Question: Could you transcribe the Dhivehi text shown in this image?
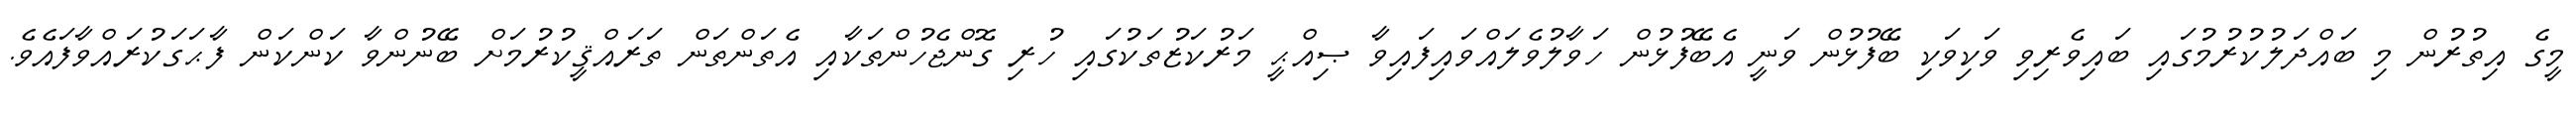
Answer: މީގެ އިތުރުން މި ބައްދަލުކުރުމުގައި ބައިވެރިވި ވަކިވަކި ބޭފުޅުން ވަނީ އެބޭފުޅުން ހަވާލުވެލައްވައިފައިވާ ޞިއްޙީ މަރުކަޒުތަކުގައި ހުރި ގޮންޖެހުންތަކާއި އެތަންތަން ތަރައްޤީކުރުމަށް ބޭނުންވާ ކަންކަން ފާޙަގަކުރައްވާފައެވެ.